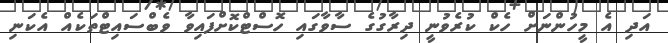
އަދި އެ މީހުންނަށް ހެކް ކުރެވުނީ ދިރާގުގެ ސާވާގައި ހޮސްޓްކޮށްފައިވާ ވެބްސައިޓްތަކެއް އެކަނި